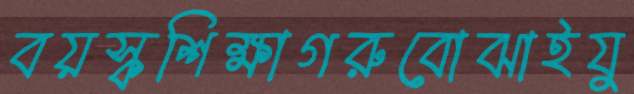
বয়স্কশিক্ষাগরুবোঝাইযু